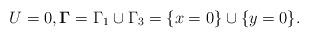
LaTeX: \begin{align*}U=0, {\boldsymbol\Gamma}=\Gamma_{1}\cup\Gamma_3=\{x=0 \}\cup\{y=0 \}.\end{align*}